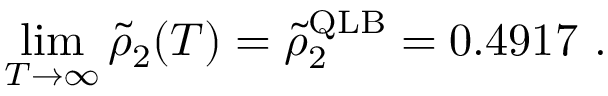
\operatorname* { l i m } _ { T \to \infty } \tilde { \rho } _ { 2 } ( T ) = \tilde { \rho } _ { 2 } ^ { \mathrm { Q L B } } = 0 . 4 9 1 7 ~ .